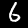
Label: 6